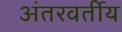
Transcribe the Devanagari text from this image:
अंतरवर्तीय